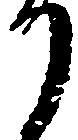
り